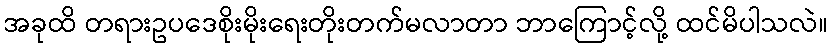
အခုထိ တရားဥပဒေစိုးမိုးရေးတိုးတက်မလာတာ ဘာကြောင့်လို့ ထင်မိပါသလဲ။